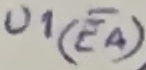
Text: U1(EA)